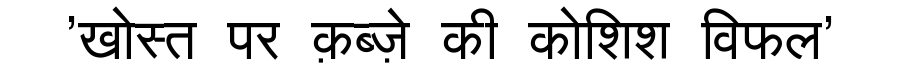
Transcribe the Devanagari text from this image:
'खोस्त पर क़ब्ज़े की कोशिश विफल'